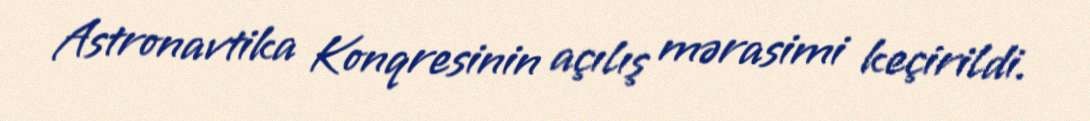
Astronavtika Konqresinin açılış mərasimi keçirildi.